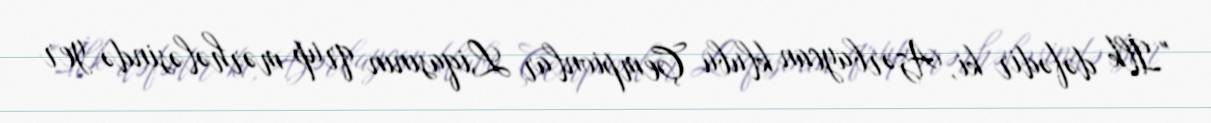
"İlk dəfədir ki, Azərbaycan klubu Çempionlar Liqasının qrup mərhələsində yer